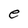
Character: e